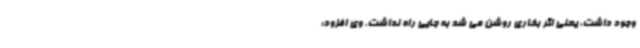
وجود داشت، یعنی اگر بخاری روشن می شد به جایی راه نداشت. وی افزود: